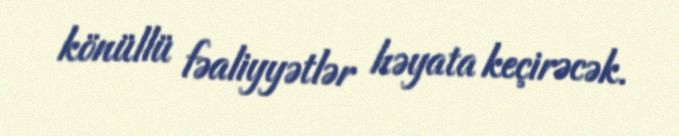
könüllü fəaliyyətlər həyata keçirəcək.